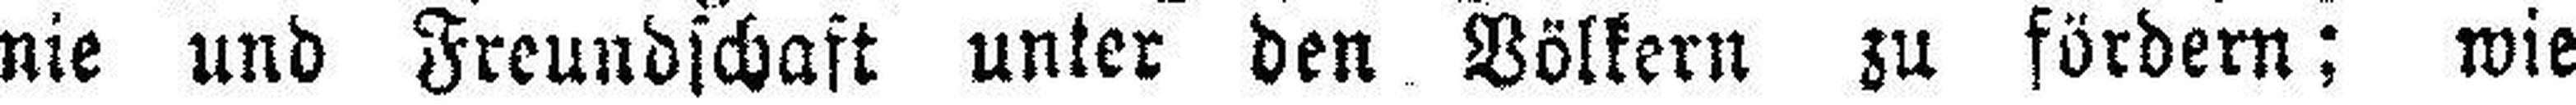
nie und Freundschaft unter den Völkern zu fördern; wie